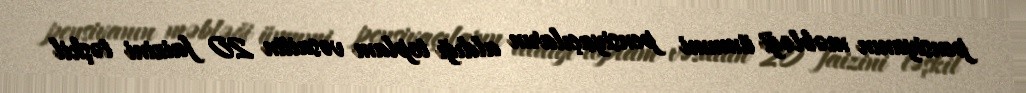
pensiyanın məbləği ümumi pensiyaçıların aldığı toplam vəsaitin 20 faizini təşkil